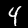
Label: 4